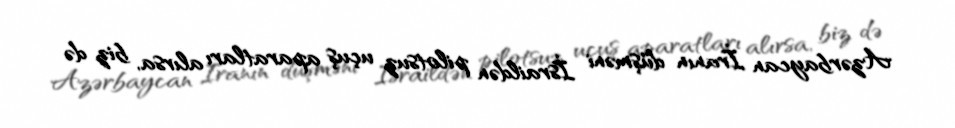
Azərbaycan İranın düşməni İsraildən pilotsuz uçuş aparatları alırsa, biz də